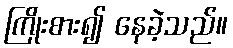
ကြိုးစား၍ နေခဲ့သည်။